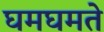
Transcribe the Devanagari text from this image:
घमघमते